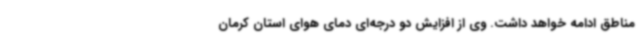
مناطق ادامه خواهد داشت. وی از افزایش دو درجه‌ای دمای هوای استان کرمان